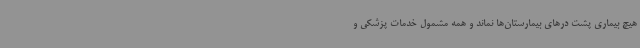
هیچ بیماری پشت درهای بیمارستان‌ها نماند و همه مشمول خدمات پزشکی و